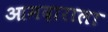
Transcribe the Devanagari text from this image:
आमदाराला